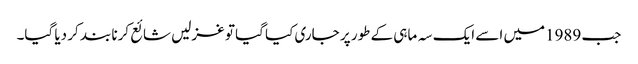
جب 1989میں اسے ایک سہ ماہی کے طور پر جاری کیا گیا تو غزلیں شائع کرنا بند کر دیا گیا۔